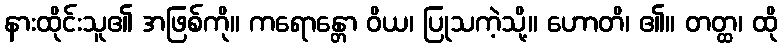
နားထိုင်းသူ၏ အဖြစ်ကို။ ကရောန္တော ဝိယ၊ ပြုသကဲ့သို့။ ဟောတိ၊ ၏။ တတ္ထ၊ ထို